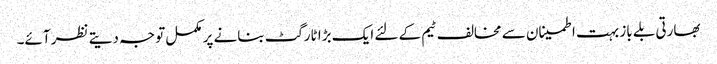
بھارتی بلے باز بہت اطمینان سے مخالف ٹیم کے لئے ایک بڑا ٹارگٹ بنانے پر مکمل توجہ دیتے نظر آئے۔